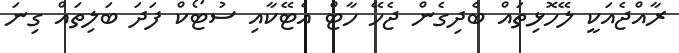
ރާއްޖެއަކީ ލޭހޮޅިތައް ބެދިގެން ޖެހޭ ހާޓް އެޓޭކާއި ސުޓޯކް ފަދަ ބަލިތައް ގިނަ